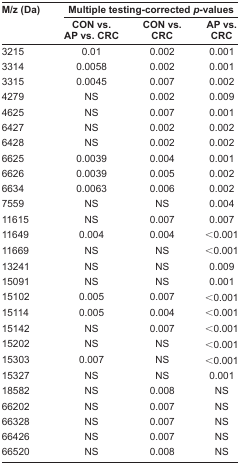
<table><thead><tr><td><b>M/z (Da)</b></td><td colspan="3"><b>Multiple testing-corrected <i>p</i>-values</b></td></tr><tr><td></td><td><b>CON vs. AP vs. CRC</b></td><td><b>CON vs. CRC</b></td><td><b>AP vs. CRC</b></td></tr></thead><tbody><tr><td>3215</td><td>0.01</td><td>0.002</td><td>0.001</td></tr><tr><td>3314</td><td>0.0058</td><td>0.002</td><td>0.001</td></tr><tr><td>3315</td><td>0.0045</td><td>0.007</td><td>0.002</td></tr><tr><td>4279</td><td>NS</td><td>0.002</td><td>0.009</td></tr><tr><td>4625</td><td>NS</td><td>0.007</td><td>0.001</td></tr><tr><td>6427</td><td>NS</td><td>0.002</td><td>0.002</td></tr><tr><td>6428</td><td>NS</td><td>0.002</td><td>0.002</td></tr><tr><td>6625</td><td>0.0039</td><td>0.004</td><td>0.001</td></tr><tr><td>6626</td><td>0.0039</td><td>0.005</td><td>0.002</td></tr><tr><td>6634</td><td>0.0063</td><td>0.006</td><td>0.002</td></tr><tr><td>7559</td><td>NS</td><td>NS</td><td>0.004</td></tr><tr><td>11615</td><td>NS</td><td>0.007</td><td>0.007</td></tr><tr><td>11649</td><td>0.004</td><td>0.004</td><td>&lt;0.001</td></tr><tr><td>11669</td><td>NS</td><td>NS</td><td>&lt;0.001</td></tr><tr><td>13241</td><td>NS</td><td>NS</td><td>0.009</td></tr><tr><td>15091</td><td>NS</td><td>NS</td><td>0.001</td></tr><tr><td>15102</td><td>0.005</td><td>0.007</td><td>&lt;0.001</td></tr><tr><td>15114</td><td>0.005</td><td>0.004</td><td>&lt;0.001</td></tr><tr><td>15142</td><td>NS</td><td>0.007</td><td>&lt;0.001</td></tr><tr><td>15202</td><td>NS</td><td>NS</td><td>&lt;0.001</td></tr><tr><td>15303</td><td>0.007</td><td>NS</td><td>&lt;0.001</td></tr><tr><td>15327</td><td>NS</td><td>NS</td><td>0.001</td></tr><tr><td>18582</td><td>NS</td><td>0.008</td><td>NS</td></tr><tr><td>66202</td><td>NS</td><td>0.007</td><td>NS</td></tr><tr><td>66328</td><td>NS</td><td>0.007</td><td>NS</td></tr><tr><td>66426</td><td>NS</td><td>0.007</td><td>NS</td></tr><tr><td>66520</td><td>NS</td><td>0.008</td><td>NS</td></tr></tbody></table>